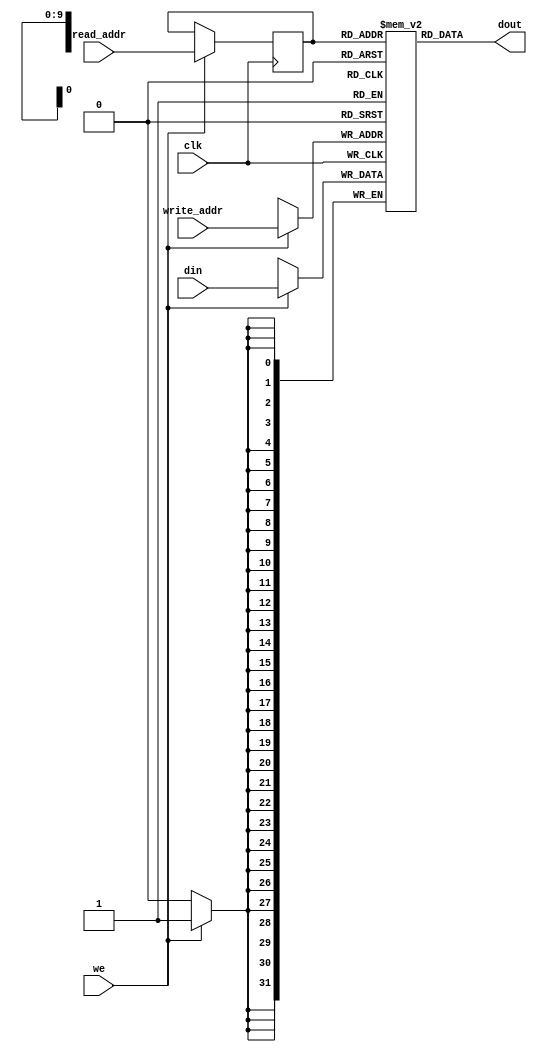
module ram_simple_dp_reg_addr_1024x32_neg (clk, we, read_addr, write_addr, din, dout);
    input clk, we;
    input [9:0] read_addr, write_addr;
    input [31:0] din;
    output [31:0] dout;
    
    reg [9:0] read_addr_reg=0;
    reg [31:0] ram [1023:0];

    always @(negedge clk)
    begin
        if (we) begin
            ram[write_addr] <= din;
            read_addr_reg <= read_addr;
        end
    end

    assign dout = ram[read_addr_reg];

endmodule